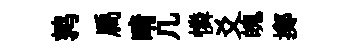
鹑扃晴几憐爻魄擲